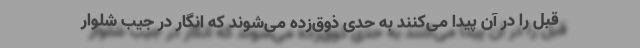
قبل را در آن پیدا می‌کنند به حدی ذوق‌زده می‌شوند که انگار در جیب شلوار